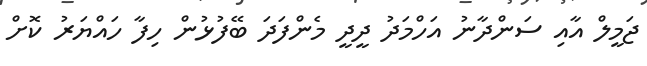
ޖަމީލް އާއި ސަންދާނު އަހްމަދު ދީދީ މެންފަދަ ބޭފުޅުން ހިފާ ހައްޔަރު ކޮށް